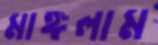
মাঙ্গলাম